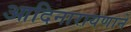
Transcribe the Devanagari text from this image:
आदिनारायणाने